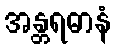
အန္တရဓာနံ